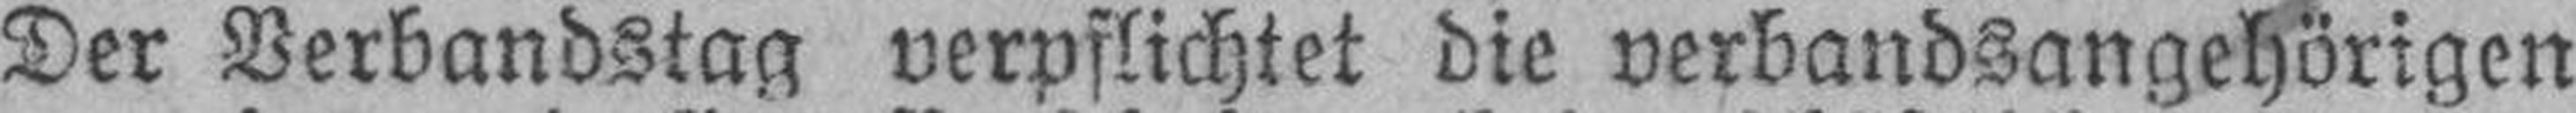
Der Verbandstag verpflichtet die verbandsangehörigen